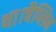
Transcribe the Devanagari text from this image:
था।चैप्लिन